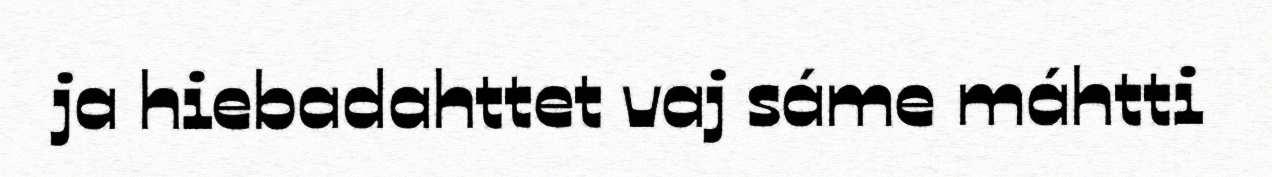
ja hiebadahttet vaj sáme máhtti